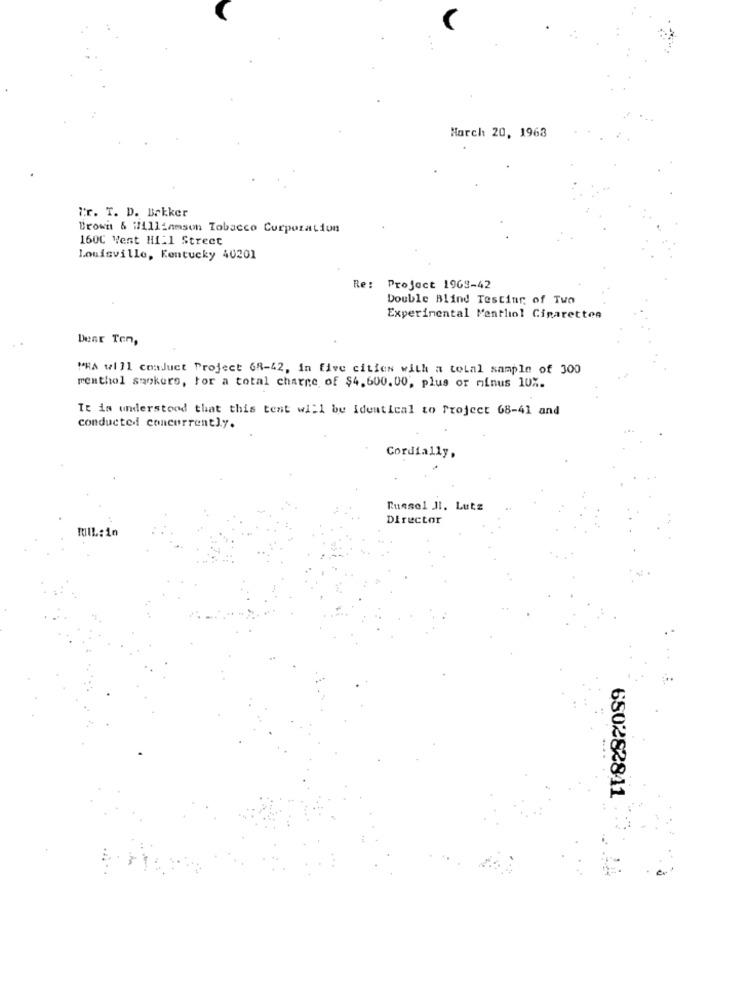
March 20, 1968
Tr. T. D. Brkker
Browit & Williamson Tobacco Corporation
160C Went Hi:1 Street
Louisville, Kentucky 40201
Re: Project 1963-42
Double Blind Testing of Two
Experimental Menthol Cigarettes
Dent Ten,
"RA will conduct Project GR-42, in five cities with a total sample of 300
menthol sqokers, for a total charge of $4,600.00, plus or minus 10%.
It is understood that this test will be identical to Project 68-41 and
conducted concurrently.
Cordially,
Russel JI. Lutz
Director
Will:10
650282841